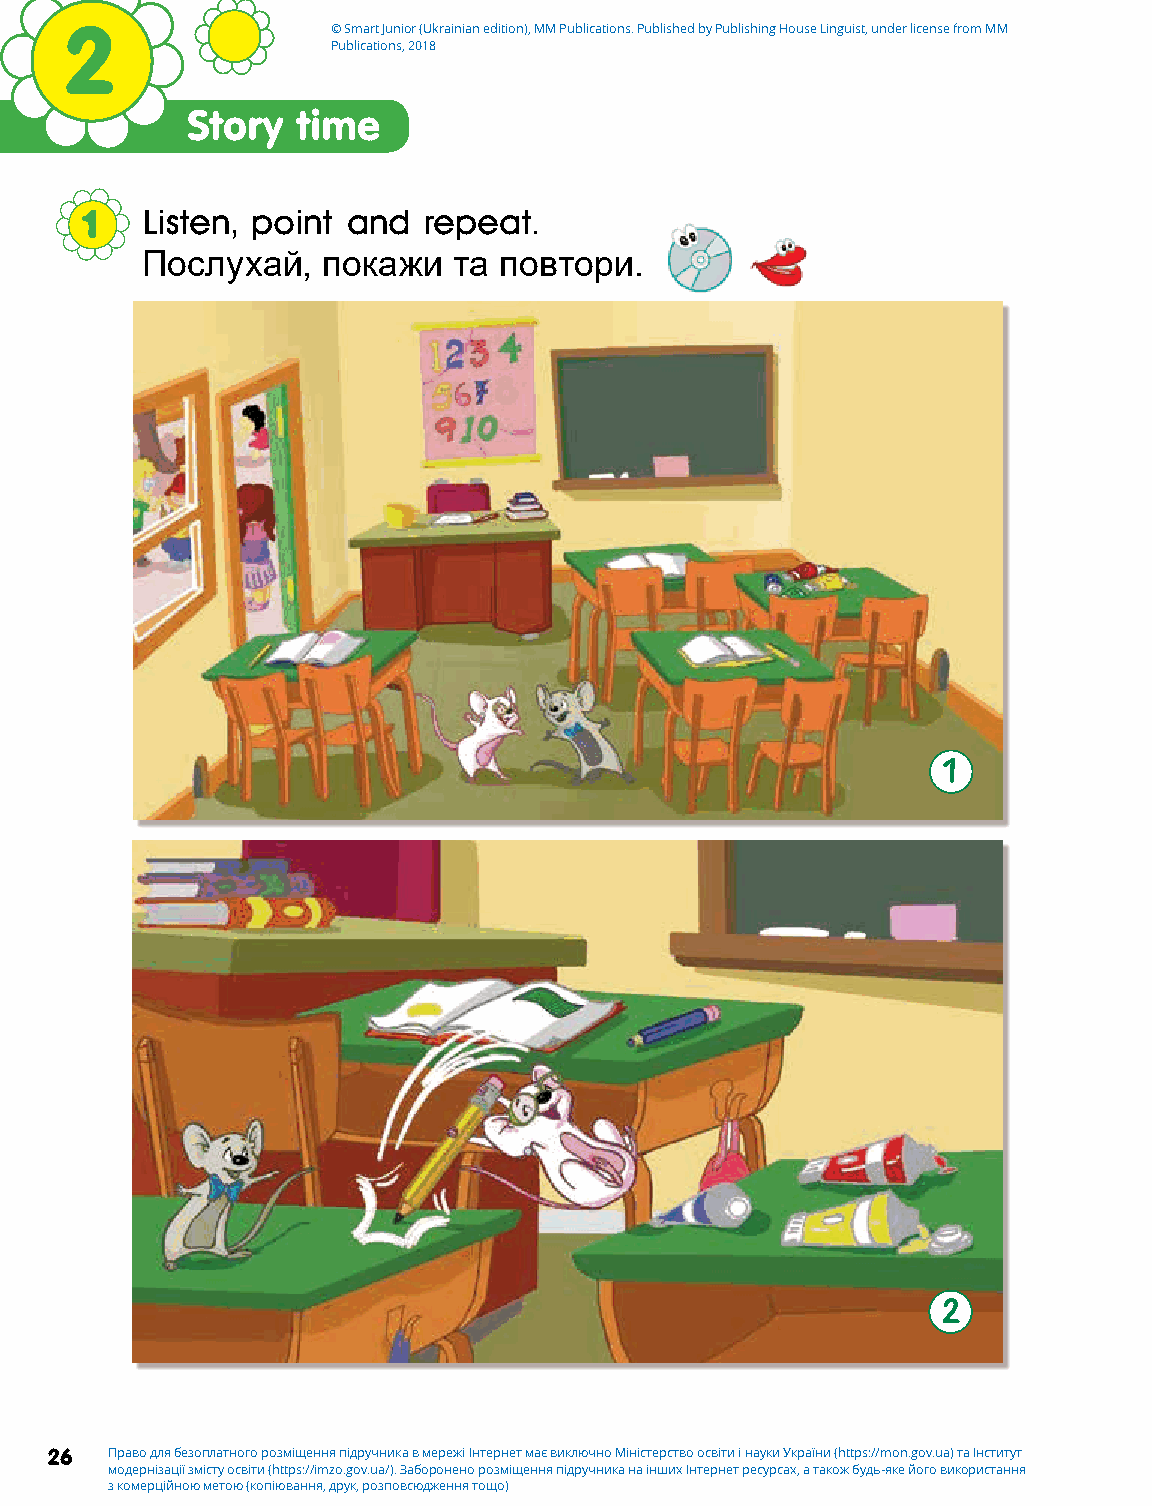
2                 © Smart Junior (Ukrainian edition), MM Publications. Published by Publishing House Linguist, under license from MM
 Publications, 2018
 Story   time
 1   Listen, point and  repeat.
 Послухай,   покажи   та повтори.
 1
 2
 26  Право для безоплатного розміщення підручника в мережі Інтернет має виключно Міністерство освіти і науки України (https://mon.gov.ua) та Інститут
 модернізації змісту освіти (https://imzo.gov.ua/). Заборонено розміщення підручника на інших Інтернет ресурсах, а також будь-яке його використання
 з комерційною метою (копіювання, друк, розповсюдження тощо)